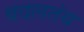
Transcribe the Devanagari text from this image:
बदलतंय